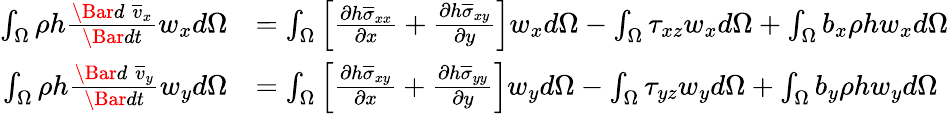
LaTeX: \begin{array}{rl}{\int_{\Omega}\rho h\frac{\Bar{d}\; \overline{{v}}_{x}}{\Bar{dt}}w_{x}d\Omega}&{=\int_{\Omega}\Big[\frac{\partial h\overline{{\sigma}}_{xx}}{\partial x}+\frac{\partial h\overline{{\sigma}}_{xy}}{\partial y}\Big]w_{x}d\Omega-\int_{\Omega}\tau_{xz}w_{x}d\Omega+\int_{\Omega}b_{x}\rho hw_{x}d\Omega}\\ {\int_{\Omega}\rho h\frac{\Bar{d}\; \overline{{v}}_{y}}{\Bar{dt}}w_{y}d\Omega}&{=\int_{\Omega}\Big[\frac{\partial h\overline{{\sigma}}_{xy}}{\partial x}+\frac{\partial h\overline{{\sigma}}_{yy}}{\partial y}\Big]w_{y}d\Omega-\int_{\Omega}\tau_{yz}w_{y}d\Omega+\int_{\Omega}b_{y}\rho hw_{y}d\Omega}\end{array}